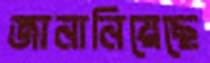
জানানিয়েছে